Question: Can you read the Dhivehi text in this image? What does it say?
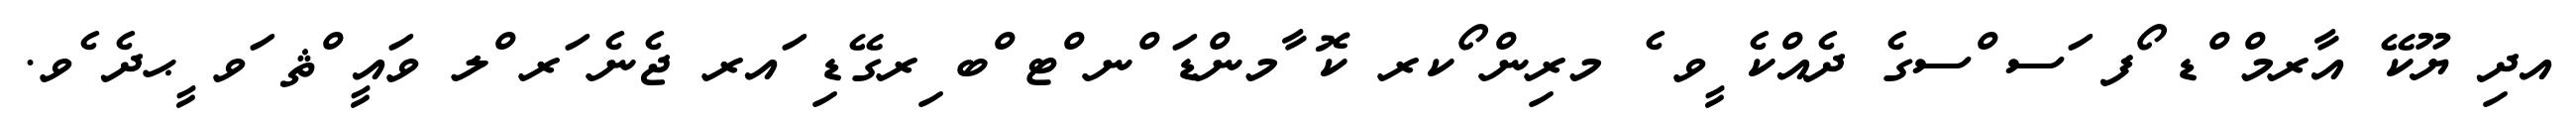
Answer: އދި ޔޫކޭ އާރމް ްޑ ޯފ ަސ ްސގެ ދެއްކެ ީވ ެ މރިން ޯކރ ކޮ ާމންޑަ ްނ ްޓ ްބ ިރގޭޑި ައރ ޖެނެ ަރ ްލ ވައީ ްޘ ަވ ީޙދެ ެވ.